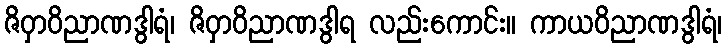
ဇိဝှာဝိညာဏဒွါရံ၊ ဇိဝှာဝိညာဏဒွါရ လည်းကောင်း။ ကာယဝိညာဏဒွါရံ၊